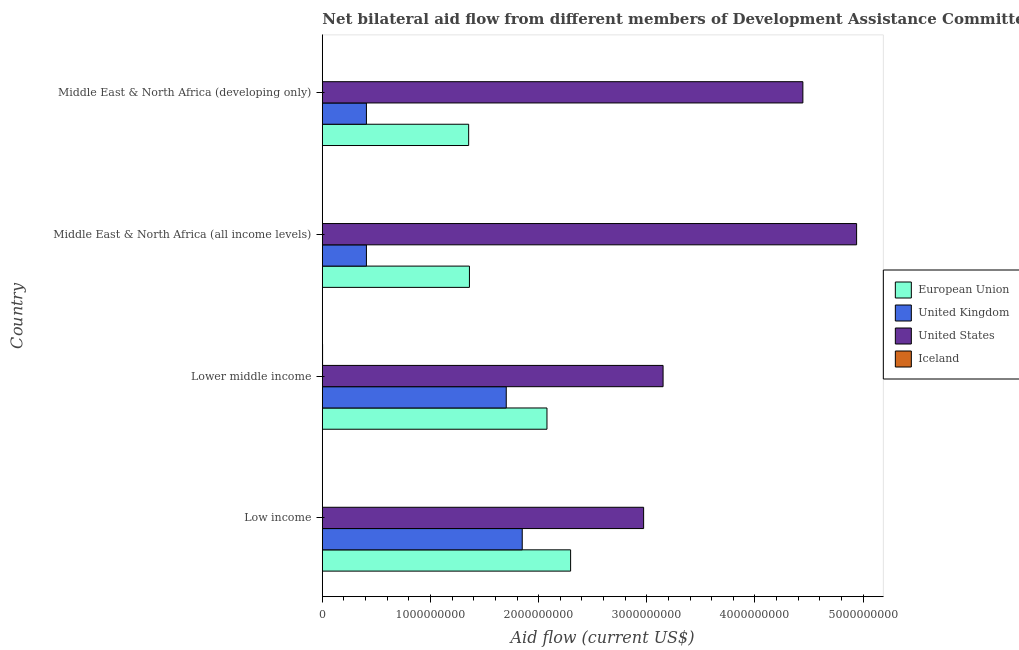
| Country | European Union | United Kingdom | United States | Iceland |
 | --- | --- | --- | --- | --- |
 | Low income | 2.3e+09 | 1.85e+09 | 2.97e+09 | 1.54e+06 |
 | Lower middle income | 2.08e+09 | 1.7e+09 | 3.15e+09 | 2.28e+06 |
 | Middle East & North Africa (all income levels) | 1.36e+09 | 4.08e+08 | 4.94e+09 | 1.24e+06 |
 | Middle East & North Africa (developing only) | 1.35e+09 | 4.08e+08 | 4.44e+09 | 1.27e+06 |